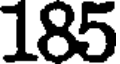
185